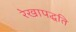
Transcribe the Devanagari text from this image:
रेखापद्धति